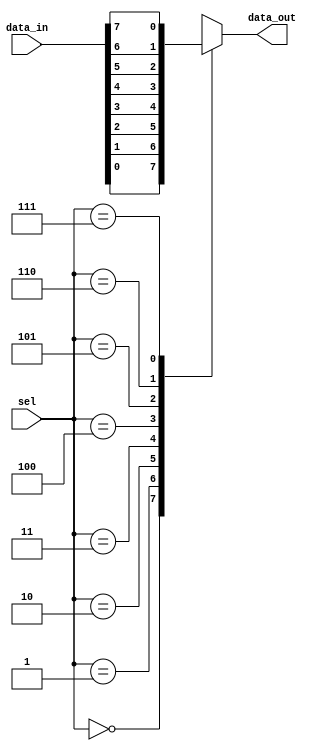
module mux8to1 (
    input [7:0] data_in,
    input [2:0] sel,
    output reg data_out
);

always @ (*)
begin
    case(sel)
        3'b000: data_out = data_in[0];
        3'b001: data_out = data_in[1];
        3'b010: data_out = data_in[2];
        3'b011: data_out = data_in[3];
        3'b100: data_out = data_in[4];
        3'b101: data_out = data_in[5];
        3'b110: data_out = data_in[6];
        3'b111: data_out = data_in[7];
        default: data_out = 0;
    endcase
end

endmodule